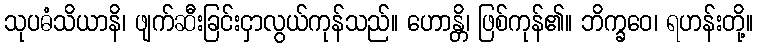
သုပဓံသိယာနိ၊ ဖျက်ဆီးခြင်းငှာလွယ်ကုန်သည်။ ဟောန္တိ၊ ဖြစ်ကုန်၏။ ဘိက္ခဝေ၊ ရဟန်းတို့။